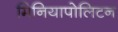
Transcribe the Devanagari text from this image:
मिनियापोलिटन